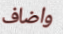
واضاف